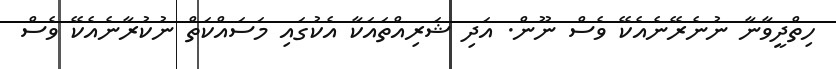
ހިތްދީވާނާ ނުނެރޭނެއެކޭ ވެސް ނޫން. އަދި ޝަރިއްތައަކާ އެކުގައި މަސައްކަތް ނުކުރާނެއެކޭ ވެސް